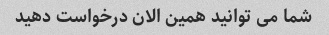
شما می توانید همین الان درخواست دهید